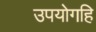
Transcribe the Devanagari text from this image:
उपयोगहि